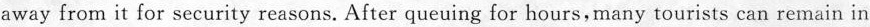
away from it for security reasons. After queuing for hours,many tourists can remain in